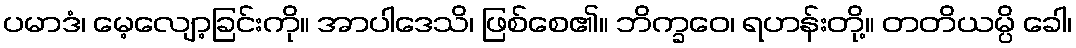
ပမာဒံ၊ မေ့လျော့ခြင်းကို။ အာပါဒေသိ၊ ဖြစ်စေ၏။ ဘိက္ခဝေ၊ ရဟန်းတို့။ တတိယမ္ပိ ခေါ၊